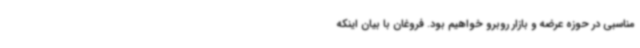
مناسبی در حوزه عرضه و بازار روبرو خواهیم بود. فروغان با بیان اینکه